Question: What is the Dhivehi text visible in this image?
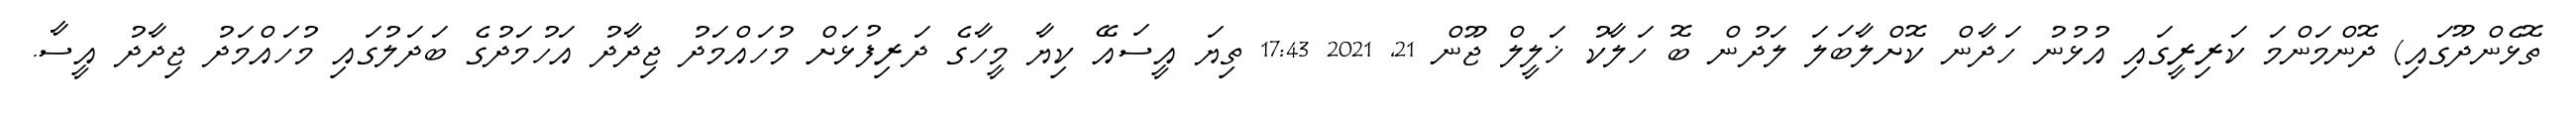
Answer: ތޮޅެންދޫގައި) ދޮންމަންމަ ކަރިރީގައި އުޅުނު ހަދާން ކޮށްލާބަލަ ލަދުން ބޮ ހަލާކު ޚަލީލް ޖޫން 21, 2021 17:43 ތިޔަ އީސައޭ ކިޔާ މީހާގެ ދަރިފުޅަށް މުހައްމަދު ޖިދާދު އަހުމަދުގެ ބަދަލުގައި މުހައްމަދު ޖިދާދު އީސާ.